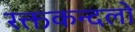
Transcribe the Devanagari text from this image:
रक्तकन्दलो